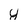
Character: y